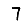
Digit: 7